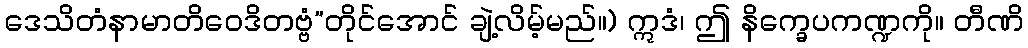
ဒေသိတံနာမာတိဝေဒိတဗ္ဗံ”တိုင်အောင် ချဲ့လိမ့်မည်။) ဣဒံ၊ ဤ နိက္ခေပကဏ္ဍကို။ တီဏိ